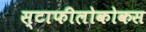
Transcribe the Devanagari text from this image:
स्टाफीलोकोकस